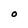
Character: O